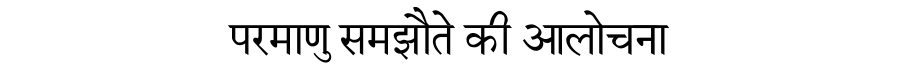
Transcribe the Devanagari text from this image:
परमाणु समझौते की आलोचना